Annual report of the Civil Veterinary Department, Bengal, and of the Bengal Veterinary College, for the year 1902-1903 - 1902-1903
Year: 1902
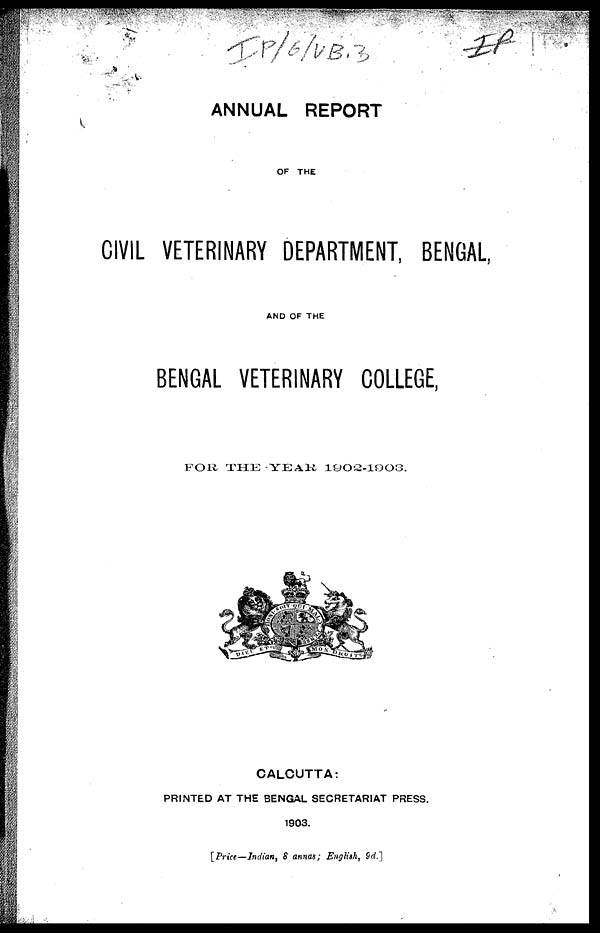
ANNUAL REPORT
OF THE
CIVIL VETERINARY DEPARTMENT, BENGAL,
AND OF THE
BENGAL VETERINARY COLLEGE,
FOR THE-YEAR 1902-1903.
CALCUTTA:
PRINTED AT THE BENGAL SECRETARIAT PRESS.
1903.
[Price—-Indian, 8 annas; English, 9d.]